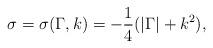
LaTeX: \begin{align*}\sigma = \sigma(\Gamma, k) = - \dfrac{1}{4}(|\Gamma| + k^2),\end{align*}